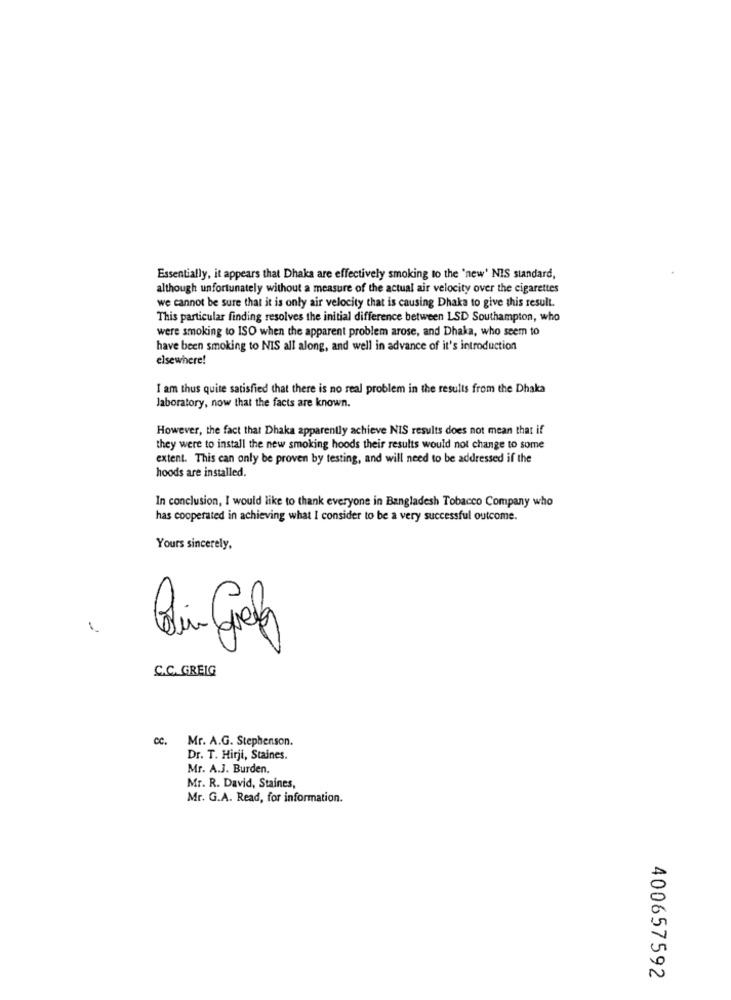
Essentially, it appears that Dhaka are effectively smoking to the "new' NIS standard,
although unfortunately without a measure of the actual air velocity over the cigarettes
we cannot be sure that it is only air velocity that is causing Dhaka to give this result.
This particular finding resolves the initial difference between LSD Southampton, who
were smoking to ISO when the apparent problem arose, and Dhaka, who seem to
have been smoking to NIS all along, and well in advance of it's introduction
elsewhere!
I am thus quite satisfied that there is no real problem in the results from the Dhaka
Jaboratory, now that the facts are known.
However, the fact that Dhaka apparently achieve NIS results does not mean that if
they were to install the new smoking hoods their results would not change to some
extent. This can only be proven by testing, and will need to be addressed if the
hoods are installed.
In conclusion, I would like to thank everyone in Bangladesh Tobacco Company who
has cooperated in achieving what I consider to be a very successful outcome.
Yours sincerely,
C.C. GREIG
cc.
Mr. A.G. Stephenson.
Dr. T. Hirji, Staines.
Mr. A.J. Burden.
Mr. R. David, Staines,
Mr. G.A. Read, for information.
400657592